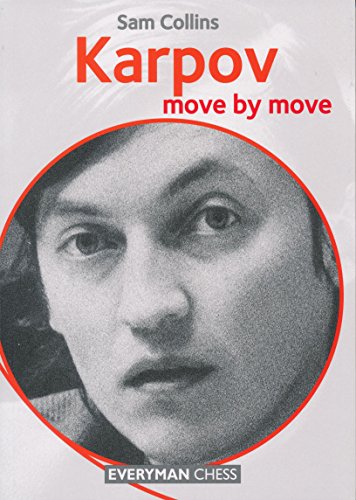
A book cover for Karpov: Move by Move; Sam Collins; Humor & Entertainment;